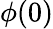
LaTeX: \phi(0)